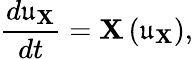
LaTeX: \frac{d\mathfrak{u}_{\mathbf{X}}}{dt}=\mathbf{X}\left(\mathfrak{u}_{\mathbf{X}}\right),